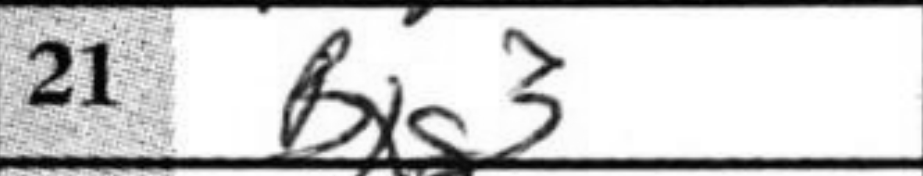
Transcription: Bxg3